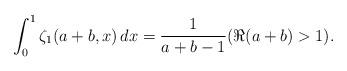
LaTeX: \begin{align*}\int_0^1\zeta_1(a+b,x)\,dx=\frac{1}{a+b-1}(\Re(a+b)>1).\end{align*}